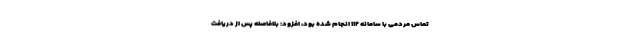
تماس مردمی با سامانه ۱۱۲ انجام شده بود، افزود: بلافاصله پس از دریافت